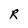
Character: R